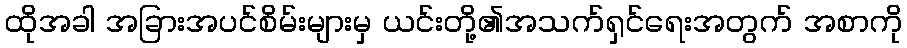
ထိုအခါ အခြားအပင်စိမ်းများမှ ယင်းတို့၏အသက်ရှင်ရေးအတွက် အစာကို